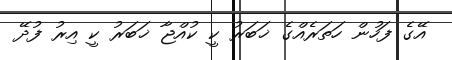
އޭގެ ފަހުން ހަތަރެއްގެ ޚަބަރު ކީ ކުއްޖާ ޚަބަރު ކީ އިރު ފުދޭ